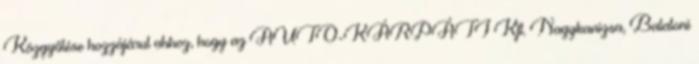
Közgyűlése hozzájárul ahhoz, hogy az AUTO-KÁRPÁTI Kft. Nagykanizsa, Balatoni